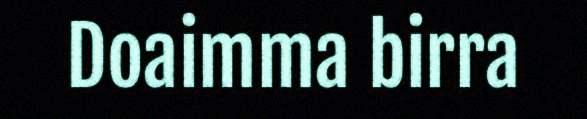
Doaimma birra